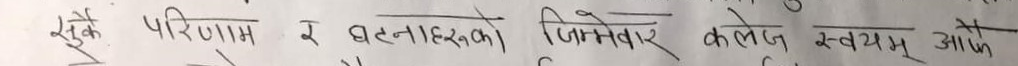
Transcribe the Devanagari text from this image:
सुके परिणाम र घटनाहरूको जिम्मेवार कलेज, स्वयम् आफू